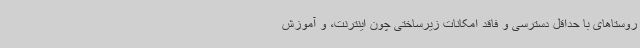
روستاهای با حداقل دسترسی و فاقد امکانات زیرساختی چون اینترنت، و آموزش